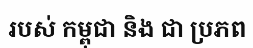
របស់ កម្ពុជា និង ជា ប្រភព